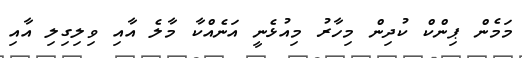
މަމެން ޕިންކް ކުދިން މިހާރު މިއުޅެނީ އަނެއްކާ މާލެ އާއި ވިލިގިލި އާއި